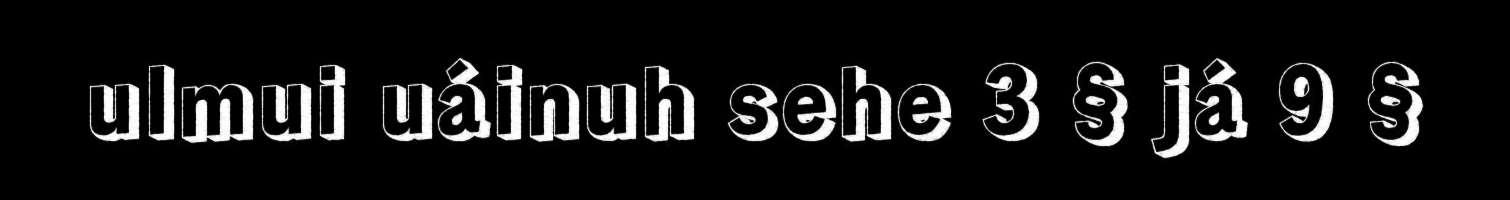
ulmui uáinuh sehe 3 § já 9 §